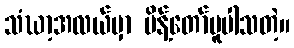
သံဃာ့အလယ်မှာ မိန့်တော်မူပါသတဲ့။